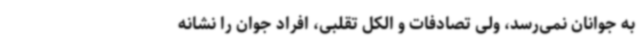
به جوانان نمی‌رسد، ولی تصادفات و الکل تقلبی، افراد جوان را نشانه